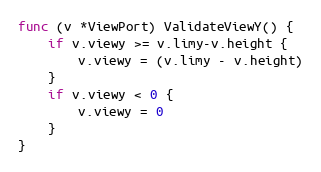
Language: Go
func (v *ViewPort) ValidateViewY() {
	if v.viewy >= v.limy-v.height {
		v.viewy = (v.limy - v.height)
	}
	if v.viewy < 0 {
		v.viewy = 0
	}
}